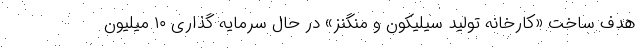
هدف ساخت «کارخانه تولید سیلیکون و منگنز» در حال سرمایه گذاری ۱۰ میلیون